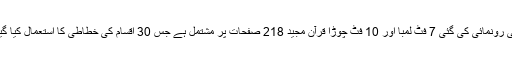
اور دارالحکومت میں سرکاری طور پر اس کی رونمائی کی گئی 7 فٹ لمبا اور 10 فٹ چوڑا قرآن مجید 218 صفحات پر مشتمل ہے جس 30 اقسام کی خطاطی کا استعمال کیا گیا ہے اور 5 سال کی مدت میں یہ تیار کیا گیا۔